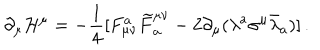
LaTeX: \partial _ { \mu } { \cal H } ^ { \mu } = - \frac { 1 } { 4 } [ F _ { \mu \nu } ^ { a } \widetilde { F } _ { a } ^ { \mu \nu } - 2 \partial _ { \mu } ( \lambda ^ { a } \sigma ^ { \mu } \bar { \lambda } _ { a } ) ] \, .